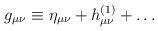
LaTeX: \begin{align*}g_{\mu\nu}\equiv\eta_{\mu\nu}+h^{(1)}_{\mu\nu}+\ldots\end{align*}